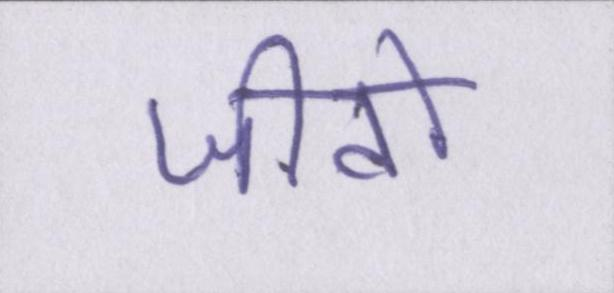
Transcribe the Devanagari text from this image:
जीवों